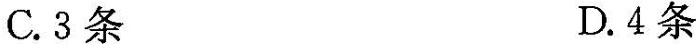
C.3条 D.4条